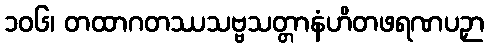
၁၀၆၊ တထာဂတဿသဗ္ဗသတ္တာနံဟိတဖရဏပဉှာ